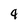
Character: 9